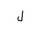
Letter: _lam